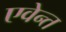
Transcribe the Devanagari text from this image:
एवेन्त